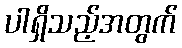
ပါရှိသည့်အတွက်